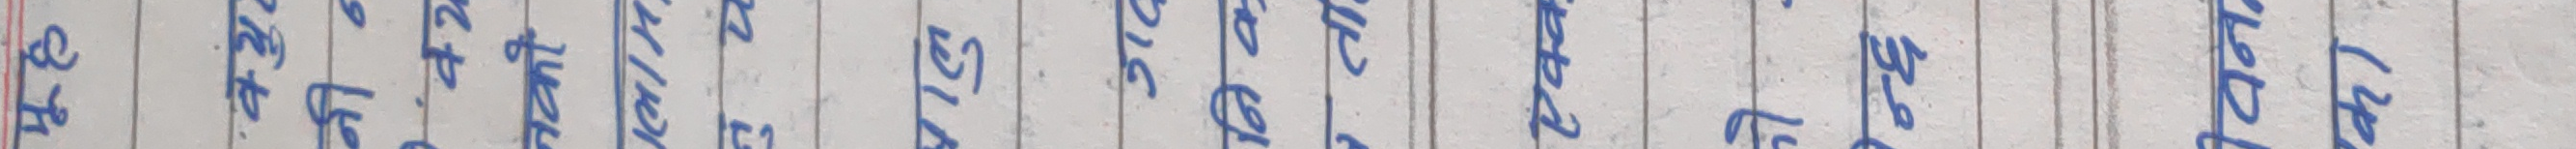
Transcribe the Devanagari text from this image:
मूह
क्यु
नी न
42
नको
ग्लाम
नुय
बालु
गढ़
निक
ता
एक्क
30
विन
का